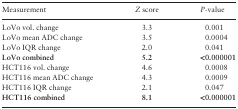
<table><thead><tr><td><b>Measurement</b></td><td><b><i>Z</i> score</b></td><td><b><i>P</i>-value</b></td></tr></thead><tbody><tr><td>LoVo vol. change</td><td>3.3</td><td>0.001</td></tr><tr><td>LoVo mean ADC change</td><td>3.5</td><td>0.0004</td></tr><tr><td>LoVo IQR change</td><td>2.0</td><td>0.041</td></tr><tr><td><b>LoVo combined</b></td><td><b>5.2</b></td><td><b>&lt;0.000001</b></td></tr><tr><td>HCT116 vol. change</td><td>4.6</td><td>0.0008</td></tr><tr><td>HCT116 mean ADC change</td><td>4.3</td><td>0.0009</td></tr><tr><td>HCT116 IQR change</td><td>2.1</td><td>0.047</td></tr><tr><td><b>HCT116 combined</b></td><td><b>8.1</b></td><td><b>&lt;0.000001</b></td></tr></tbody></table>